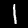
Label: 1